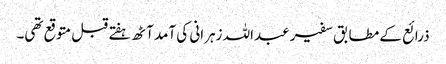
ذرائع کے مطابق سفیر عبداللہ زہرانی کی آمد آٹھ ہفتے قبل متوقع تھی۔